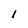
Character: 1